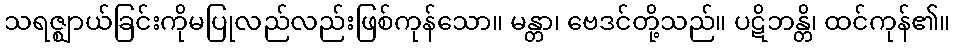
သရဇ္ဈာယ်ခြင်းကိုမပြုလည်လည်းဖြစ်ကုန်သော။ မန္တာ၊ ဗေဒင်တို့သည်။ ပဋိဘန္တိ၊ ထင်ကုန်၏။